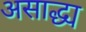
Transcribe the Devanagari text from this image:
असाद्ध्य